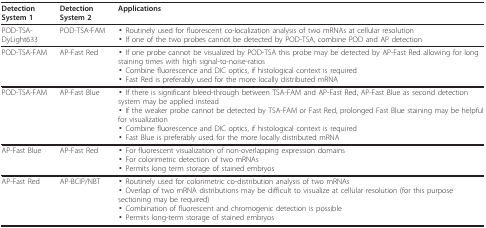
<table><thead><tr><td><b>Detection System 1</b></td><td><b>Detection System 2</b></td><td><b>Applications</b></td></tr></thead><tbody><tr><td>POD-TSA-DyLight633</td><td>POD-TSA-FAM</td><td>▪ Routinely used for fluorescent co-localization analysis of two mRNAs at cellular resolution▪ If one of the two probes cannot be detected by POD-TSA, combine POD and AP detection</td></tr><tr><td>POD-TSA-FAM</td><td>AP-Fast Red</td><td>▪ If one probe cannot be visualized by POD-TSA this probe may be detected by AP-Fast Red allowing for long staining times with high signal-to-noise-ratios▪ Combine fluorescence and DIC optics, if histological context is required▪ Fast Red is preferably used for the more locally distributed mRNA</td></tr><tr><td>POD-TSA-FAM</td><td>AP-Fast Blue</td><td>▪ If there is significant bleed-through between TSA-FAM and AP-Fast Red, AP-Fast Blue as second detection system may be applied instead▪ If the weaker probe cannot be detected by TSA-FAM or Fast Red, prolonged Fast Blue staining may be helpful for visualization▪ Combine fluorescence and DIC optics, if histological context is required▪ Fast Blue is preferably used for the more locally distributed mRNA</td></tr><tr><td>AP-Fast Blue</td><td>AP-Fast Red</td><td>▪ For fluorescent visualization of non-overlapping expression domains▪ For colorimetric detection of two mRNAs▪ Permits long term storage of stained embryos</td></tr><tr><td>AP-Fast Red</td><td>AP-BCIP/NBT</td><td>▪ Routinely used for colorimetric co-distribution analysis of two mRNAs▪ Overlap of two mRNA distributions may be difficult to visualize at cellular resolution (for this purpose sectioning may be required)▪ Combination of fluorescent and chromogenic detection is possible▪ Permits long-term storage of stained embryos</td></tr></tbody></table>